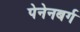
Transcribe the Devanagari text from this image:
पेनेनबर्ग